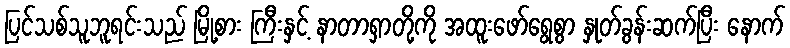
ပြင်သစ်သူဘူရင်းသည် မြို့စား ကြီးနှင့် နာတာရှာတို့ကို အထူးဖော်ရွေစွာ နှုတ်ခွန်းဆက်ပြီး နောက်